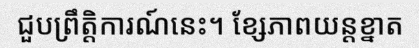
ជួបព្រឹត្តិការណ៍នេះ។ ខ្សែភាពយន្តខ្នាត